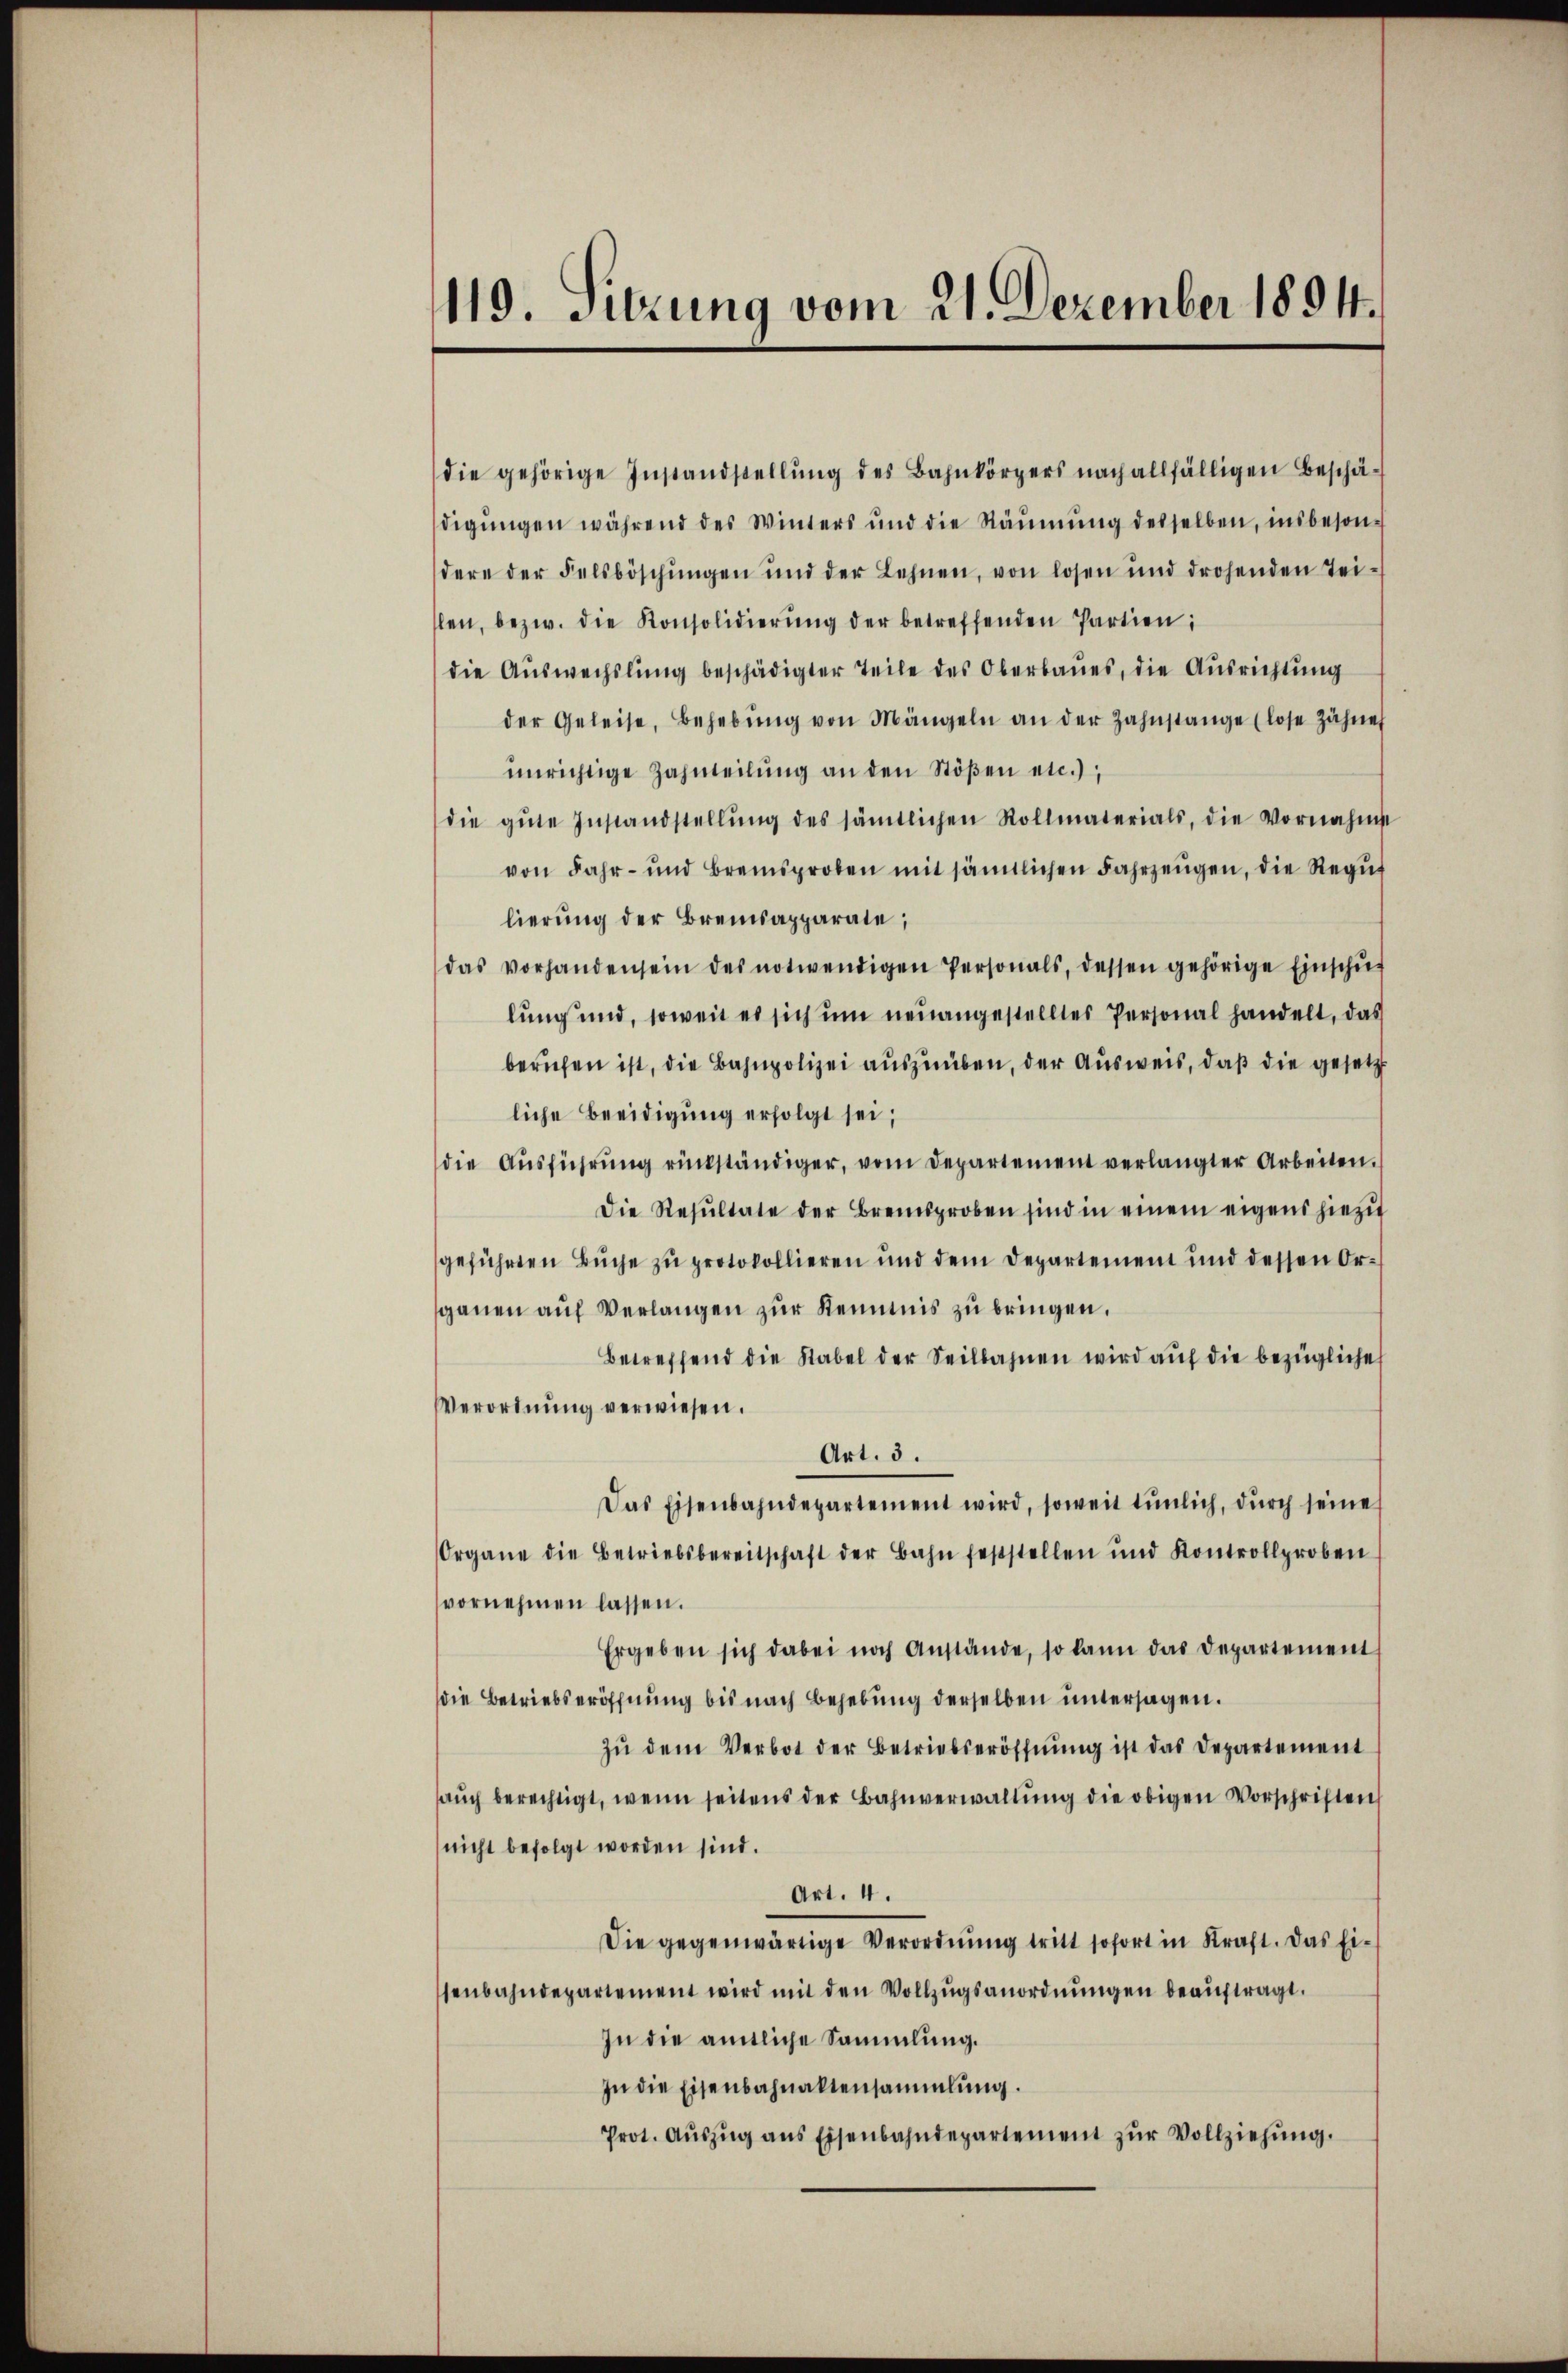
119. Sitzung vom 21. Dezember 1894.

die gehörige Instandstellŭng des Bahnkörpers nach allfälligen Beschä-
digŭngen während des Winters und die Räŭmŭng desselben, insbeson-
dere der Felsböschŭngen und der Lehnen, von losen und drohenden Tei-
len, bezw. die Konsolidierŭng der betreffenden Partien;
die Auswechslung beschädigter Teile des Oberbaues, die Ausrichtung
der Geleise, Behebŭng von Mängeln an der Zahnstange (lose Zähne
unrichtige Zahnteilŭng an den Stößen etc.),
die gute Instandstellŭng des sämtlichen Rollmaterials, die Vornahme
von Jahr- und Bremsproben mit sämtlichen Fahrzeugen, die Regut
lierung der Bremsapparate;
das vorhandensein des notwendigen Personals, dessen gehörige Einschŭf
lung und, soweit es sich um neuangestelltes Personal handelt, das
berufen ist, die Bahnpolizei auszuüben, der Ausweis, daß die gesetzt
liche Beeidigung erfolgt sei;
die Aŭsführŭng rückständiger, vom Departement verlangter Arbeiten.
Die Resultate der Bremsproben sind in einem eigens hiezu
geführten Buche zu protokollieren und dem Departement und dessen Organen auf Verlangen zur Kenntnis zu bringen.
Betreffend die Rabel der Seilbahnen wird auf die bezügliche
Verordnung verwiesen.
Art. 3.
Das Eisenbahndepartement wird, soweit tŭnlich, dŭrch seine
Organe die Betriebsbereitschaft der Bahn feststellen und Kontrollproben
vornehmen lassen.
Ergeben sich dabei noch Anstände, so kann das Departement
die Betriebseröffnung bis nach Behebung derselben untersagen.
zŭ dem Verbot der Betriebseröffnŭng ist das Departement
aŭch berechtigt, wenn seitens der Bahnverwaltŭng die obigen Vorschriften
nicht befolgt worden sind.
Art. 4.
Die gegenwärtige Verordnung tritt sofort in Kraft. Das Eisenbahndepartement wird mit den Vollzŭgsanordnŭngen beaŭftragt.
In die amtliche Sammlung.
In die Eisenbahnaltensammlung.
Prot. Aŭszŭg ans Eisenbahndepartement zŭr Vollziehŭng.